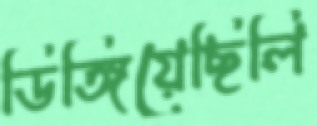
ডিঙ্গিয়েছিলি